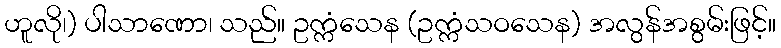
ဟူလို၊) ပါသာဏော၊ သည်။ ဥက္ကံသေန (ဥက္ကံသဝသေန) အလွန်အစွမ်းဖြင့်။